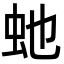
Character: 虵